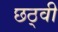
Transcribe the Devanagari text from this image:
छठ्वी